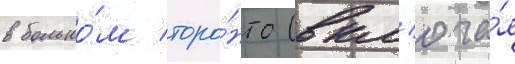
в большо́м торо́нто (вкл'юча́я